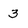
Character: 3